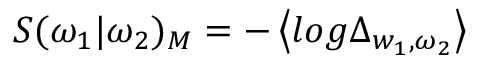
S ( \omega _ { 1 } | \omega _ { 2 } ) _ { M } = - \left\langle l o g \Delta _ { w _ { 1 } , \omega _ { 2 } } \right\rangle